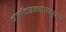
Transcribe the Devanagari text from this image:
वर्षांदरम्यानच्या